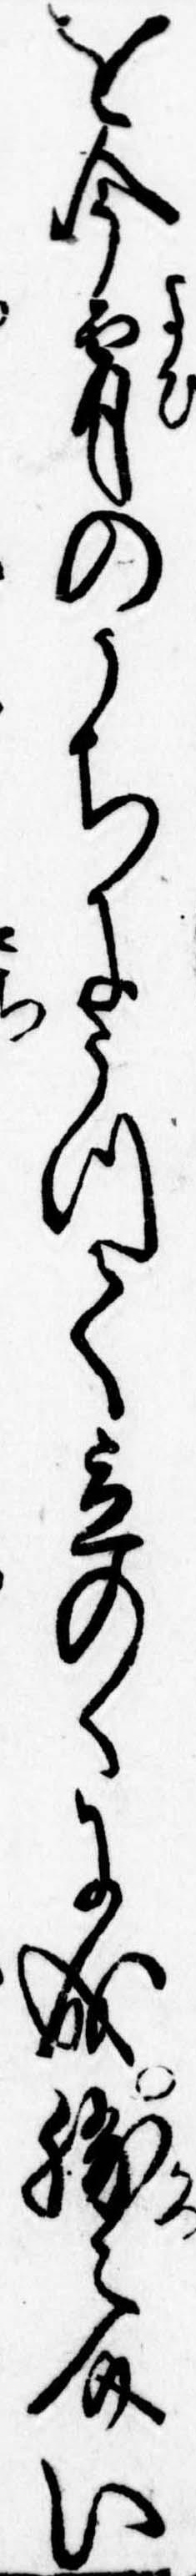
を今宵のうちにうつて立のくに成勝之介い